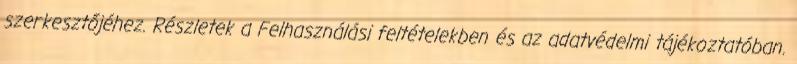
szerkesztőjéhez. Részletek a Felhasználási feltételekben és az adatvédelmi tájékoztatóban.